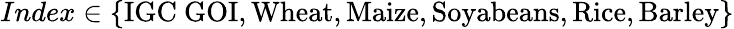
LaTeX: Index\in\{ \mathrm{IGC~GOI,Wheat,Maize,Soyabeans,Rice,Barley}\}